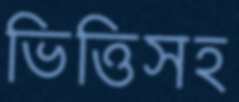
ভিত্তিসহ